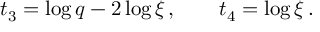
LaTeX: \ t _ { 3 } = \log q - 2 \log \xi \, , \qquad t _ { 4 } = \log \xi \, .